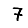
Digit: 7